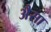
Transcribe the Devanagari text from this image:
अैसा